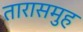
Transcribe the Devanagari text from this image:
तारासमुह